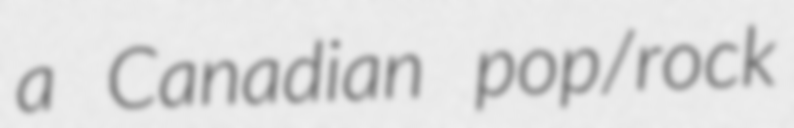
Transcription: a Canadian pop/rock